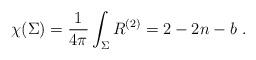
LaTeX: \begin{align*}\chi(\Sigma)=\frac{1}{4\pi}\int_\Sigma R^{(2)} = 2-2n-b\ .\end{align*}